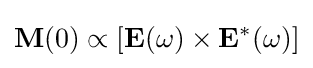
\mathbf {M} (0)\propto [\mathbf {E} (\omega )\times \mathbf {E} ^{*}(\omega )]